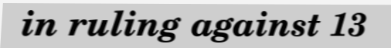
in ruling against 13